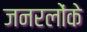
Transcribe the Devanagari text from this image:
जनरलोंके